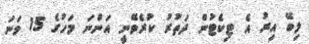
ލިބޭ އިރު އެ ޓިކެޓުން ދަތުރު ކުރެވޭނީ އަންނަ މަހުގެ 15 ވަނަ